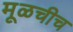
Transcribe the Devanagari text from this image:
मूळचीच